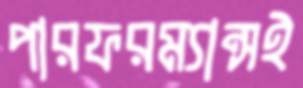
পারফরম্যান্সই